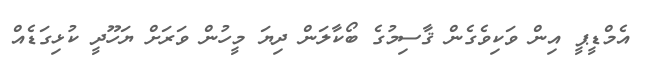
އެމްޑީޕީ އިން ވަކިވެގެން ޤާސިމުގެ ބޯކާލަން ދިޔަ މީހުން ވަރަށް ޔަހޫދީ ކުޅިގަޑެއް